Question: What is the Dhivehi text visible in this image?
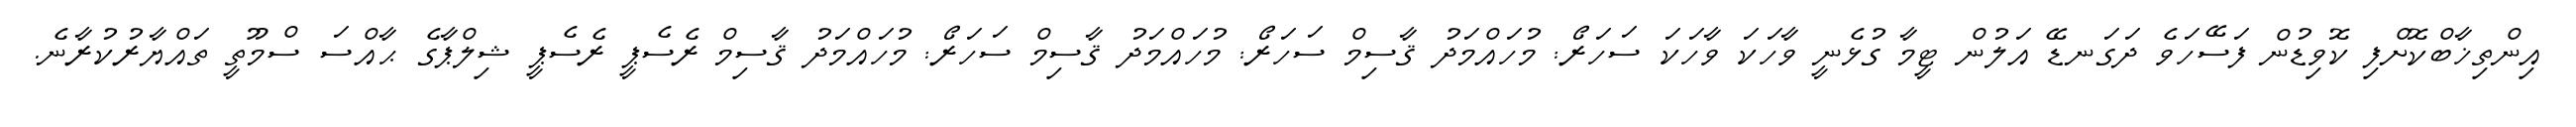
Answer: އިންތިޚާބްކޮށްފި ކޮވިޑުން ފަސޭހަވެ ދަގަނޑޭ އަލުން ޓީމާ ގުޅެނީ ވާހަކަ ވާހަކަ ސަހަރޯ: މުހައްމަދު ޤާސިމް ސަހަރޯ: މުހައްމަދު ޤާސިމް ސަހަރޯ: މުހައްމަދު ޤާސިމް ރެސެޕީ ރެސެޕީ ޝިލްޕާގެ ޙާއްސަ ސްމޫތީ ތައްޔާރުކުރާނެ.